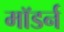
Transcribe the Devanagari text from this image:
माॅडर्न